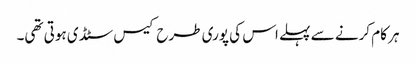
ہر کام کرنے سے پہلے اس کی پوری طرح کیس سٹڈی ہوتی تھی۔